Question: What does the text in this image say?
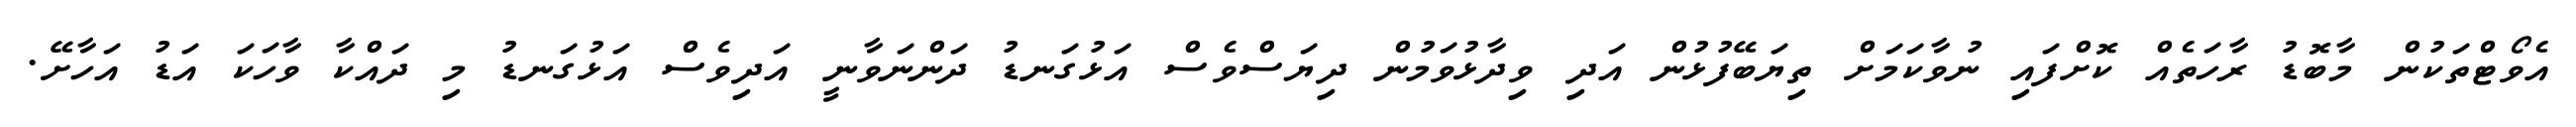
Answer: އެވޯޓްތަކުން މާބޮޑު ރާހަތެއް ކޮށްފައި ނުވާކަމަށް ތިޔަބޭފުޅުން އަދި ވިދާޅުވަމުން ދިޔަސްވެސް އަޅުގަނޑު ދަންނަވާނީ އަދިވެސް އަޅުގަނޑު މި ދައްކާ ވާހަކަ އަޑު އަހާށޭ.